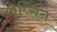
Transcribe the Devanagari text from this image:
आप्सिन